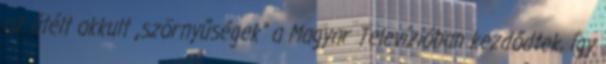
az átélt okkult „szörnyűségek” a Magyar Televízi­óban kezdődtek, így